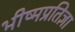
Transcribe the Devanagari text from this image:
भीष्मप्रतिज्ञा